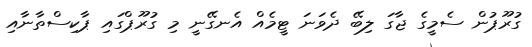
ގުރޫޕުން ސެމީގެ ޖާގަ ލިބޭ ދެވަނަ ޓީމެއް އެނގޭނީ މި ގުރޫޕްގައި ޕާކިސްތާނާއި